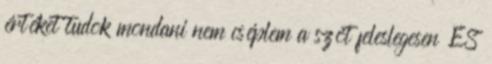
értéket tudok mondani nem cséplem a szót feleslegesen ÉS